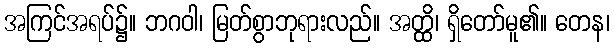
အကြင်အရပ်၌။ ဘဂဝါ၊ မြတ်စွာဘုရားလည်။ အတ္ထိ၊ ရှိတော်မူ၏။ တေန၊